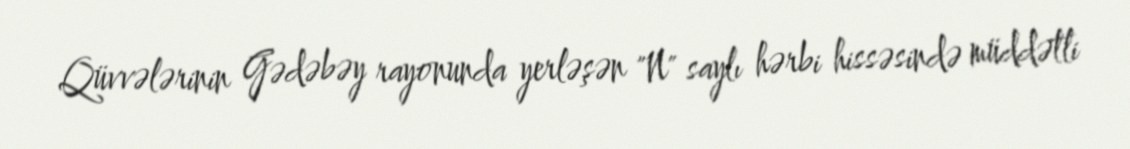
Qüvvələrinin Gədəbəy rayonunda yerləşən "N" saylı hərbi hissəsində müddətli